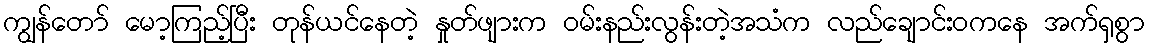
ကျွန်တော် မော့ကြည့်ပြီး တုန်ယင်နေတဲ့ နှုတ်ဖျားက ဝမ်းနည်းလွန်းတဲ့အသံက လည်ချောင်းဝကနေ အက်ရှစွာ